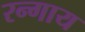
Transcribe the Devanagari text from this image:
रन्गाय